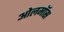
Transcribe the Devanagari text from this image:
ओलमॉस